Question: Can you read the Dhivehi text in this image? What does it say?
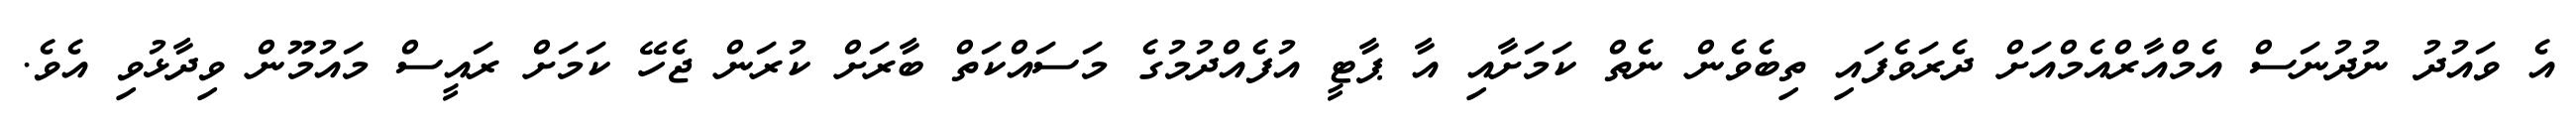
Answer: އެ ވައުދު ނުދުނަސް އެމްއާރްއެމްއަށް ދެރަވެފައި ތިބެވެން ނެތް ކަމަށާއި އާ ޕާޓީ އުފެއްދުމުގެ މަސައްކަތް ބާރަށް ކުރަން ޖެހޭ ކަމަށް ރައީސް މައުމޫން ވިދާޅުވި އެވެ.